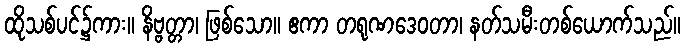
ထိုသစ်ပင်၌ကား။ နိဗ္ဗတ္တာ၊ ဖြစ်သော။ ဧကာ တရုဏဒေဝတာ၊ နတ်သမီးတစ်ယောက်သည်။